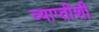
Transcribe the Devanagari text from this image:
व्याप्तीशी